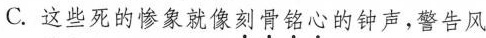
C.这些死的惨象就像刻骨铭心的钟声，警告风